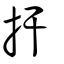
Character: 扞